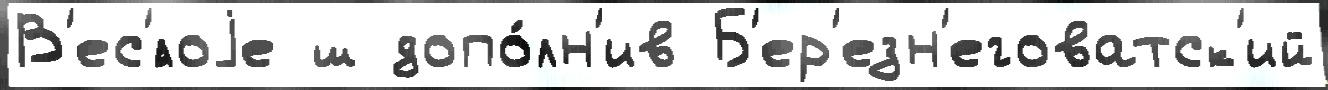
В'ес'́лоjе ш допо́лн'ив Б'ер'езн'еговатск'ий